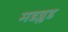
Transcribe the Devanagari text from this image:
मडब्लड